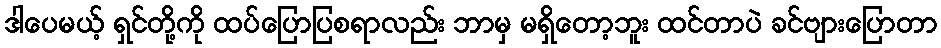
ဒါပေမယ့် ရှင်တို့ကို ထပ်ပြောပြစရာလည်း ဘာမှ မရှိတော့ဘူး ထင်တာပဲ ခင်ဗျားပြောတာ